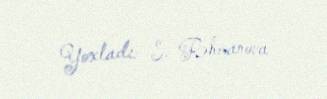
Yoxladı: S. Rəhmanova